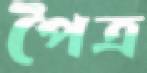
পৈত্র